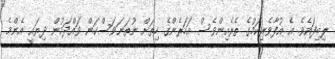
ލިބިފައެވެ. އެ އުފާވެރިކަމުގެ ތެރެއިންވެސް އަހަރެންގެ ހިތަށް ނުތަނަވަސްކަން ވައްދަމުން ދިޔައީ އެންމެ